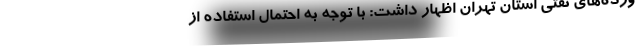
ورده‌های نفتی استان تهران اظهار داشت: با توجه به احتمال استفاده از